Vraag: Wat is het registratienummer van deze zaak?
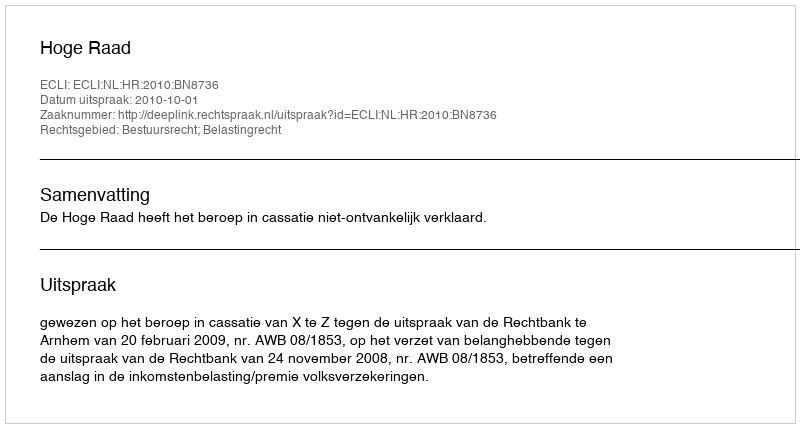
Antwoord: http://deeplink.rechtspraak.nl/uitspraak?id=ECLI:NL:HR:2010:BN8736